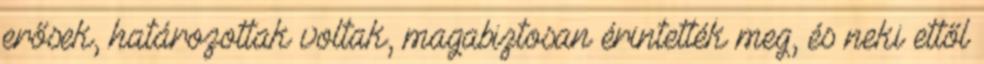
erősek, határozottak voltak, magabiztosan érintették meg, és neki ettől